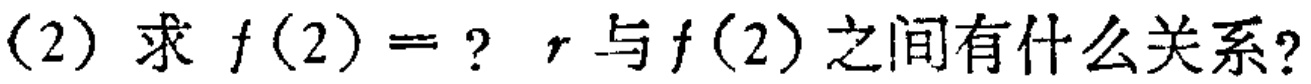
(2) 求 \(f(2)=?\) \(r\) 与 \(f(2)\) 之间有什么关系?